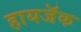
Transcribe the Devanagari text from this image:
हायजॅक